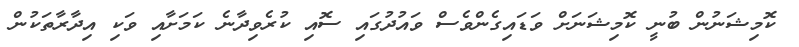
ކޮމިޝަނުން ބުނީ ކޮމިޝަނަށް ވަޑައިގެންވެސް ވައުދުގައި ސޮއި ކުރެވިދާނެ ކަމަށާއި ވަކި އިދާރާތަކުން